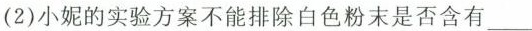
(2)小妮的实验方案不能排除白色粉末是否含有___